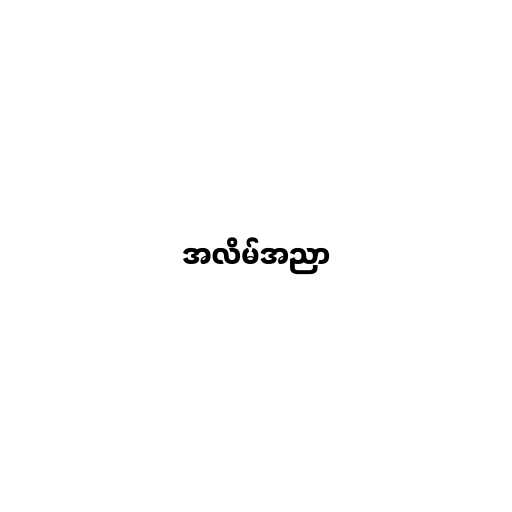
အလိမ်အညာ